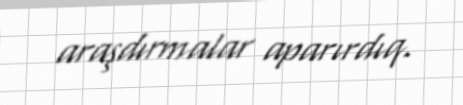
araşdırmalar aparırdıq.